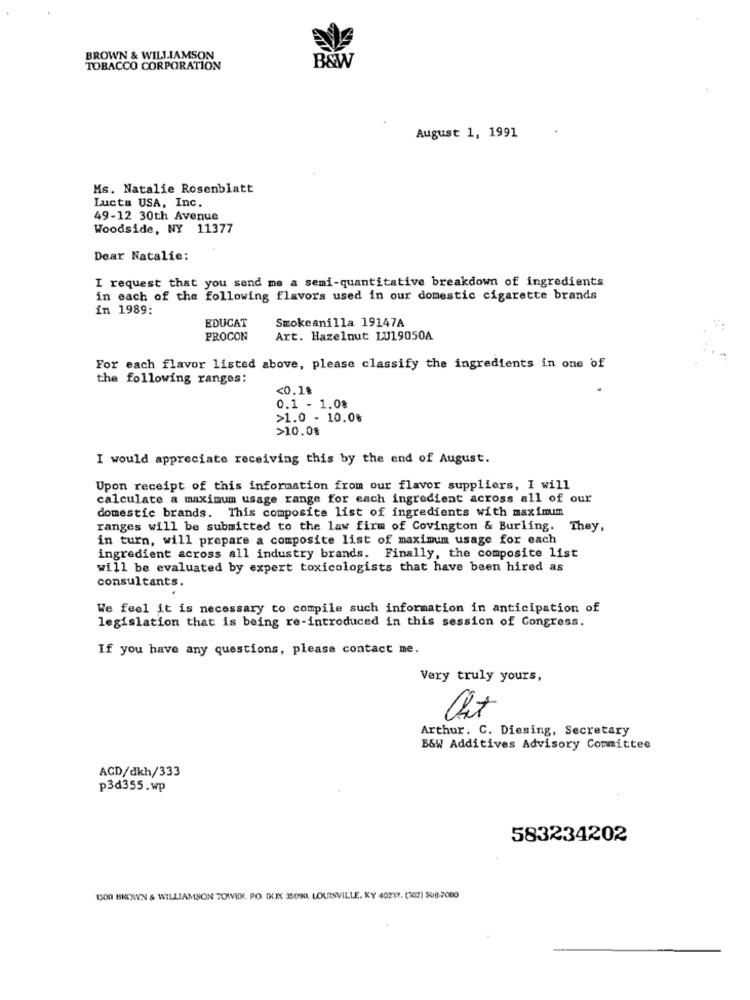
BROWN & WILLIAMSON
B&W
TOBACCO CORPORATION
August 1, 1991
Ms. Natalie Rosenblatt
Lucta USA, Inc.
49-12 30th Avenue
Woodside, NY 11377
Dear Natalie:
I request that you send me a semi-quantitative breakdown of ingredients
in each of the following flavors used in our domestic cigarette brands
in 1989:
Smokeanilla 19147A
EDUCAT
PROCON
Art. Hazelnut LU19050A
For each flavor listed above, please classify the ingredients in one of
the following ranges:
<0.18
0.1 - 1.0%
>1.0 - 10.08
>10.08
I would appreciate receiving this by the end of August.
Upon receipt of this information from our flavor suppliers, I will
calculate a maximum usage range for each ingredient across all of our
domestic brands. This composite list of ingredients with maximum
ranges will be submitted to the law firm of Covington & Burling. They,
in turn, will prepare a composite list of maximum usage for each
ingredient across all industry brands. Finally, the composite list
will be evaluated by expert toxicologists that have been hired as
consultants.
We feel it is necessary to compile such information in anticipation of
legislation that is being re-introduced in this session of Congress.
If you have any questions, please contact me.
Very truly yours,
Arthur. C. Diesing, Secretary
B&W Additives Advisory Committee
ACD/dkh/333
p3d355.wp
583234202
1500 BRONWYN & WILLIAMSON TOWVEX. PO. DUIN 35090), LOUISVILLE, KY 40277. (102) SU8-2000